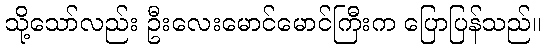
သို့သော်လည်း ဦးလေးမောင်မောင်ကြီးက ပြောပြန်သည်။